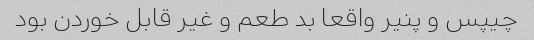
چیپس و پنیر واقعا بد طعم و غیر قابل خوردن بود